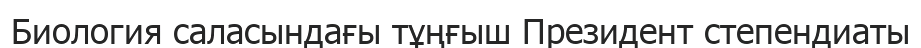
Биология саласындағы тұңғыш Президент степендиаты